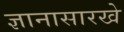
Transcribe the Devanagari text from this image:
ज्ञानासारखे